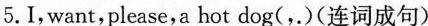
5.I, want,please,a hot dog(,.)(连词成句)